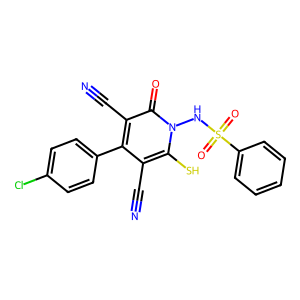
SMILES: N#Cc1c(-c2ccc(Cl)cc2)c(C#N)c(=O)n(NS(=O)(=O)c2ccccc2)c1S
Inhibits HIV replication: No